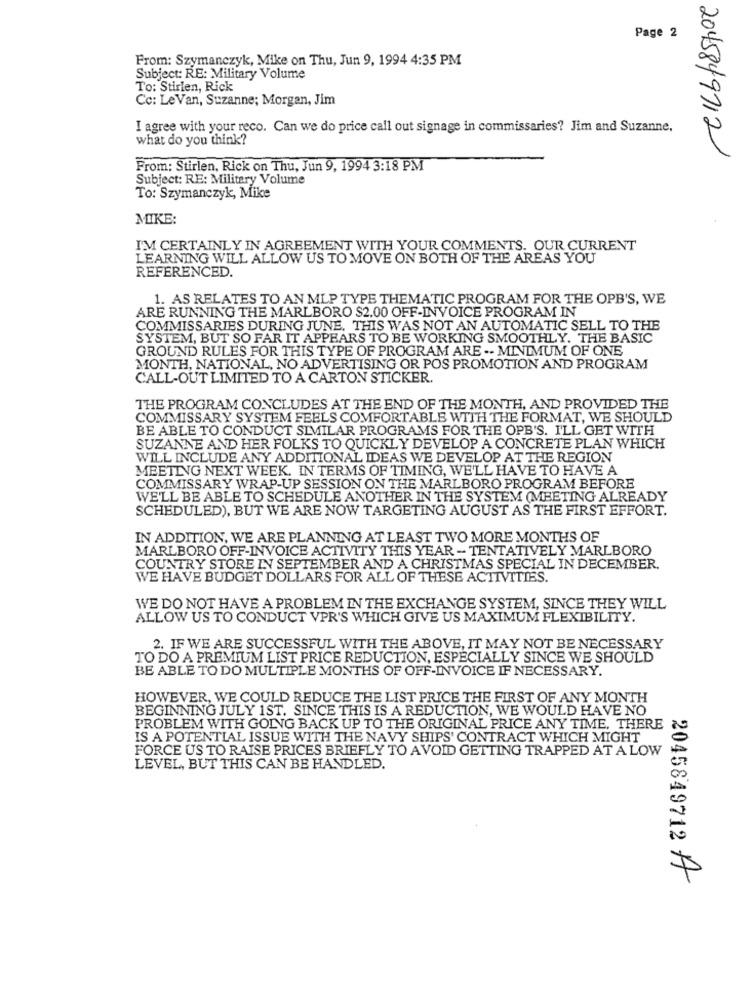
Page 2
From: Szymanczyk, Mike on Thu, Jun 9, 1994 4:35 PM
Subject: RE: Military Volume
To: Stirlen, Rick
Cc: LeVan, Suzanne; Morgan, Jim
I agree with your reco. Can we do price call out signage in commissaries? Jim and Suzanne,
what do you think?
2045849712
From: Stirlen, Rick on Thu, Jun 9, 1994 3:18 PM
Subject: RE: Military Volume
To: Szymanczyk, Mike
MIKE:
I'M CERTAINLY IN AGREEMENT WITH YOUR COMMENTS. OUR CURRENT
LEARNING WILL ALLOW US TO MOVE ON BOTH OF THE AREAS YOU
REFERENCED.
1. AS RELATES TO AN MLP TYPE THEMATIC PROGRAM FOR THE OPB'S, WE
ARE RUNNING THE MARLBORO $2.00 OFF-INVOICE PROGRAM IN
COMMISSARIES DURING JUNE. THIS WAS NOT AN AUTOMATIC SELL TO THE
SYSTEM, BUT SO FAR IT APPEARS TO BE WORKING SMOOTHLY. THE BASIC
GROUND RULES FOR THIS TYPE OF PROGRAM ARE .- MINIMUM OF ONE
MONTH, NATIONAL, NO ADVERTISING OR POS PROMOTION AND PROGRAM
CALL-OUT LIMITED TO A CARTON STICKER.
THE PROGRAM CONCLUDES AT THE END OF THE MONTH, AND PROVIDED THE
COMMISSARY SYSTEM FEELS COMFORTABLE WITH THE FORMAT, WE SHOULD
BE ABLE TO CONDUCT SIMILAR PROGRAMS FOR THE OPB'S. I'LL GET WITH
SUZANNE AND HER FOLKS TO QUICKLY DEVELOP A CONCRETE PLAN WHICH
WILL INCLUDE ANY ADDITIONAL IDEAS WE DEVELOP AT THE REGION
MEETING NEXT WEEK. IN TERMS OF TIMING, WE'LL HAVE TO HAVE A
COMMISSARY WRAP-UP SESSION ON THE MARLBORO PROGRAM BEFORE
WE'LL BE ABLE TO SCHEDULE ANOTHER IN THE SYSTEM (MEETING ALREADY
SCHEDULED), BUT WE ARE NOW TARGETING AUGUST AS THE FIRST EFFORT.
IN ADDITION, WE ARE PLANNING AT LEAST TWO MORE MONTHS OF
MARLBORO OFF-INVOICE ACTIVITY THIS YEAR - TENTATIVELY MARLBORO
COUNTRY STORE IN SEPTEMBER AND A CHRISTMAS SPECIAL IN DECEMBER.
WE HAVE BUDGET DOLLARS FOR ALL OF THESE ACTIVITIES.
WE DO NOT HAVE A PROBLEM IN THE EXCHANGE SYSTEM, SINCE THEY WILL
ALLOW US TO CONDUCT VPR'S WHICH GIVE US MAXIMUM FLEXIBILITY.
2. IF WE ARE SUCCESSFUL WITH THE ABOVE, IT MAY NOT BE NECESSARY
TO DO A PREMIUM LIST PRICE REDUCTION, ESPECIALLY SINCE WE SHOULD
BE ABLE TO DO MULTIPLE MONTHS OF OFF-INVOICE IF NECESSARY.
HOWEVER, WE COULD REDUCE THE LIST PRICE THE FIRST OF ANY MONTH
BEGINNING JULY 1ST. SINCE THIS IS A REDUCTION, WE WOULD HAVE NO
PROBLEM WITH GOING BACK UP TO THE ORIGINAL PRICE ANY TIME, THERE
IS A POTENTIAL ISSUE WITH THE NAVY SHIPS' CONTRACT WHICH MIGHT
FORCE US TO RAISE PRICES BRIEFLY TO AVOID GETTING TRAPPED AT A LOW
LEVEL, BUT THIS CAN BE HANDLED.
2045849712 A